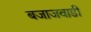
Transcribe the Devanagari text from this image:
बजाजवाडी